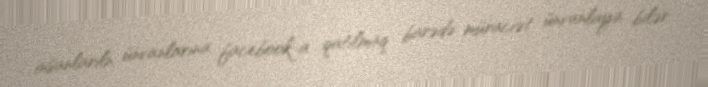
insanlarıln ünvanlarına facebook-a qatılmaq barədə müraciət ünvanlaya bilər.